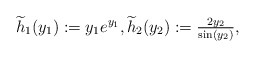
\begin{align*} \widetilde{h}_1 (y_1) := y_1 e^{y_1}, \widetilde{h}_2 (y_2) := \tfrac{2 y_2}{\sin (y_2)}, \end{align*}